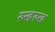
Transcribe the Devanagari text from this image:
रुखरुख